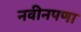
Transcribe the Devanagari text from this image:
नवीनपणा